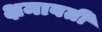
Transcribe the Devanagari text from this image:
क्षमावती